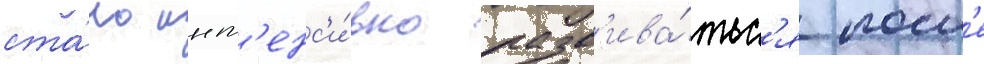
ста́ло инт'енс'и́вно разв'ива́тьс'я посл'е